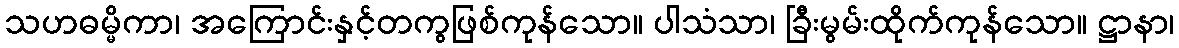
သဟဓမ္မိကာ၊ အကြောင်းနှင့်တကွဖြစ်ကုန်သော။ ပါသံသာ၊ ခြီးမွမ်းထိုက်ကုန်သော။ ဋ္ဌာနာ၊